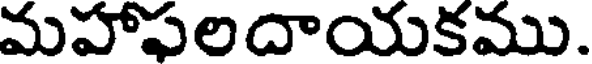
మహాపలదాయకము.